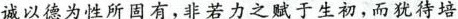
诚以德为性所国有，非若力之赋于生初，而犹待培